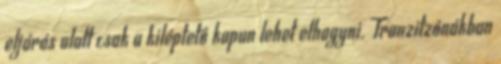
eljárás alatt csak a kiléptető kapun lehet elhagyni. Tranzitzónákban